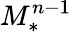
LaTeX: M_{*}^{n-1}